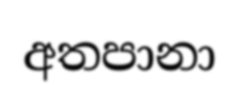
අතපානා